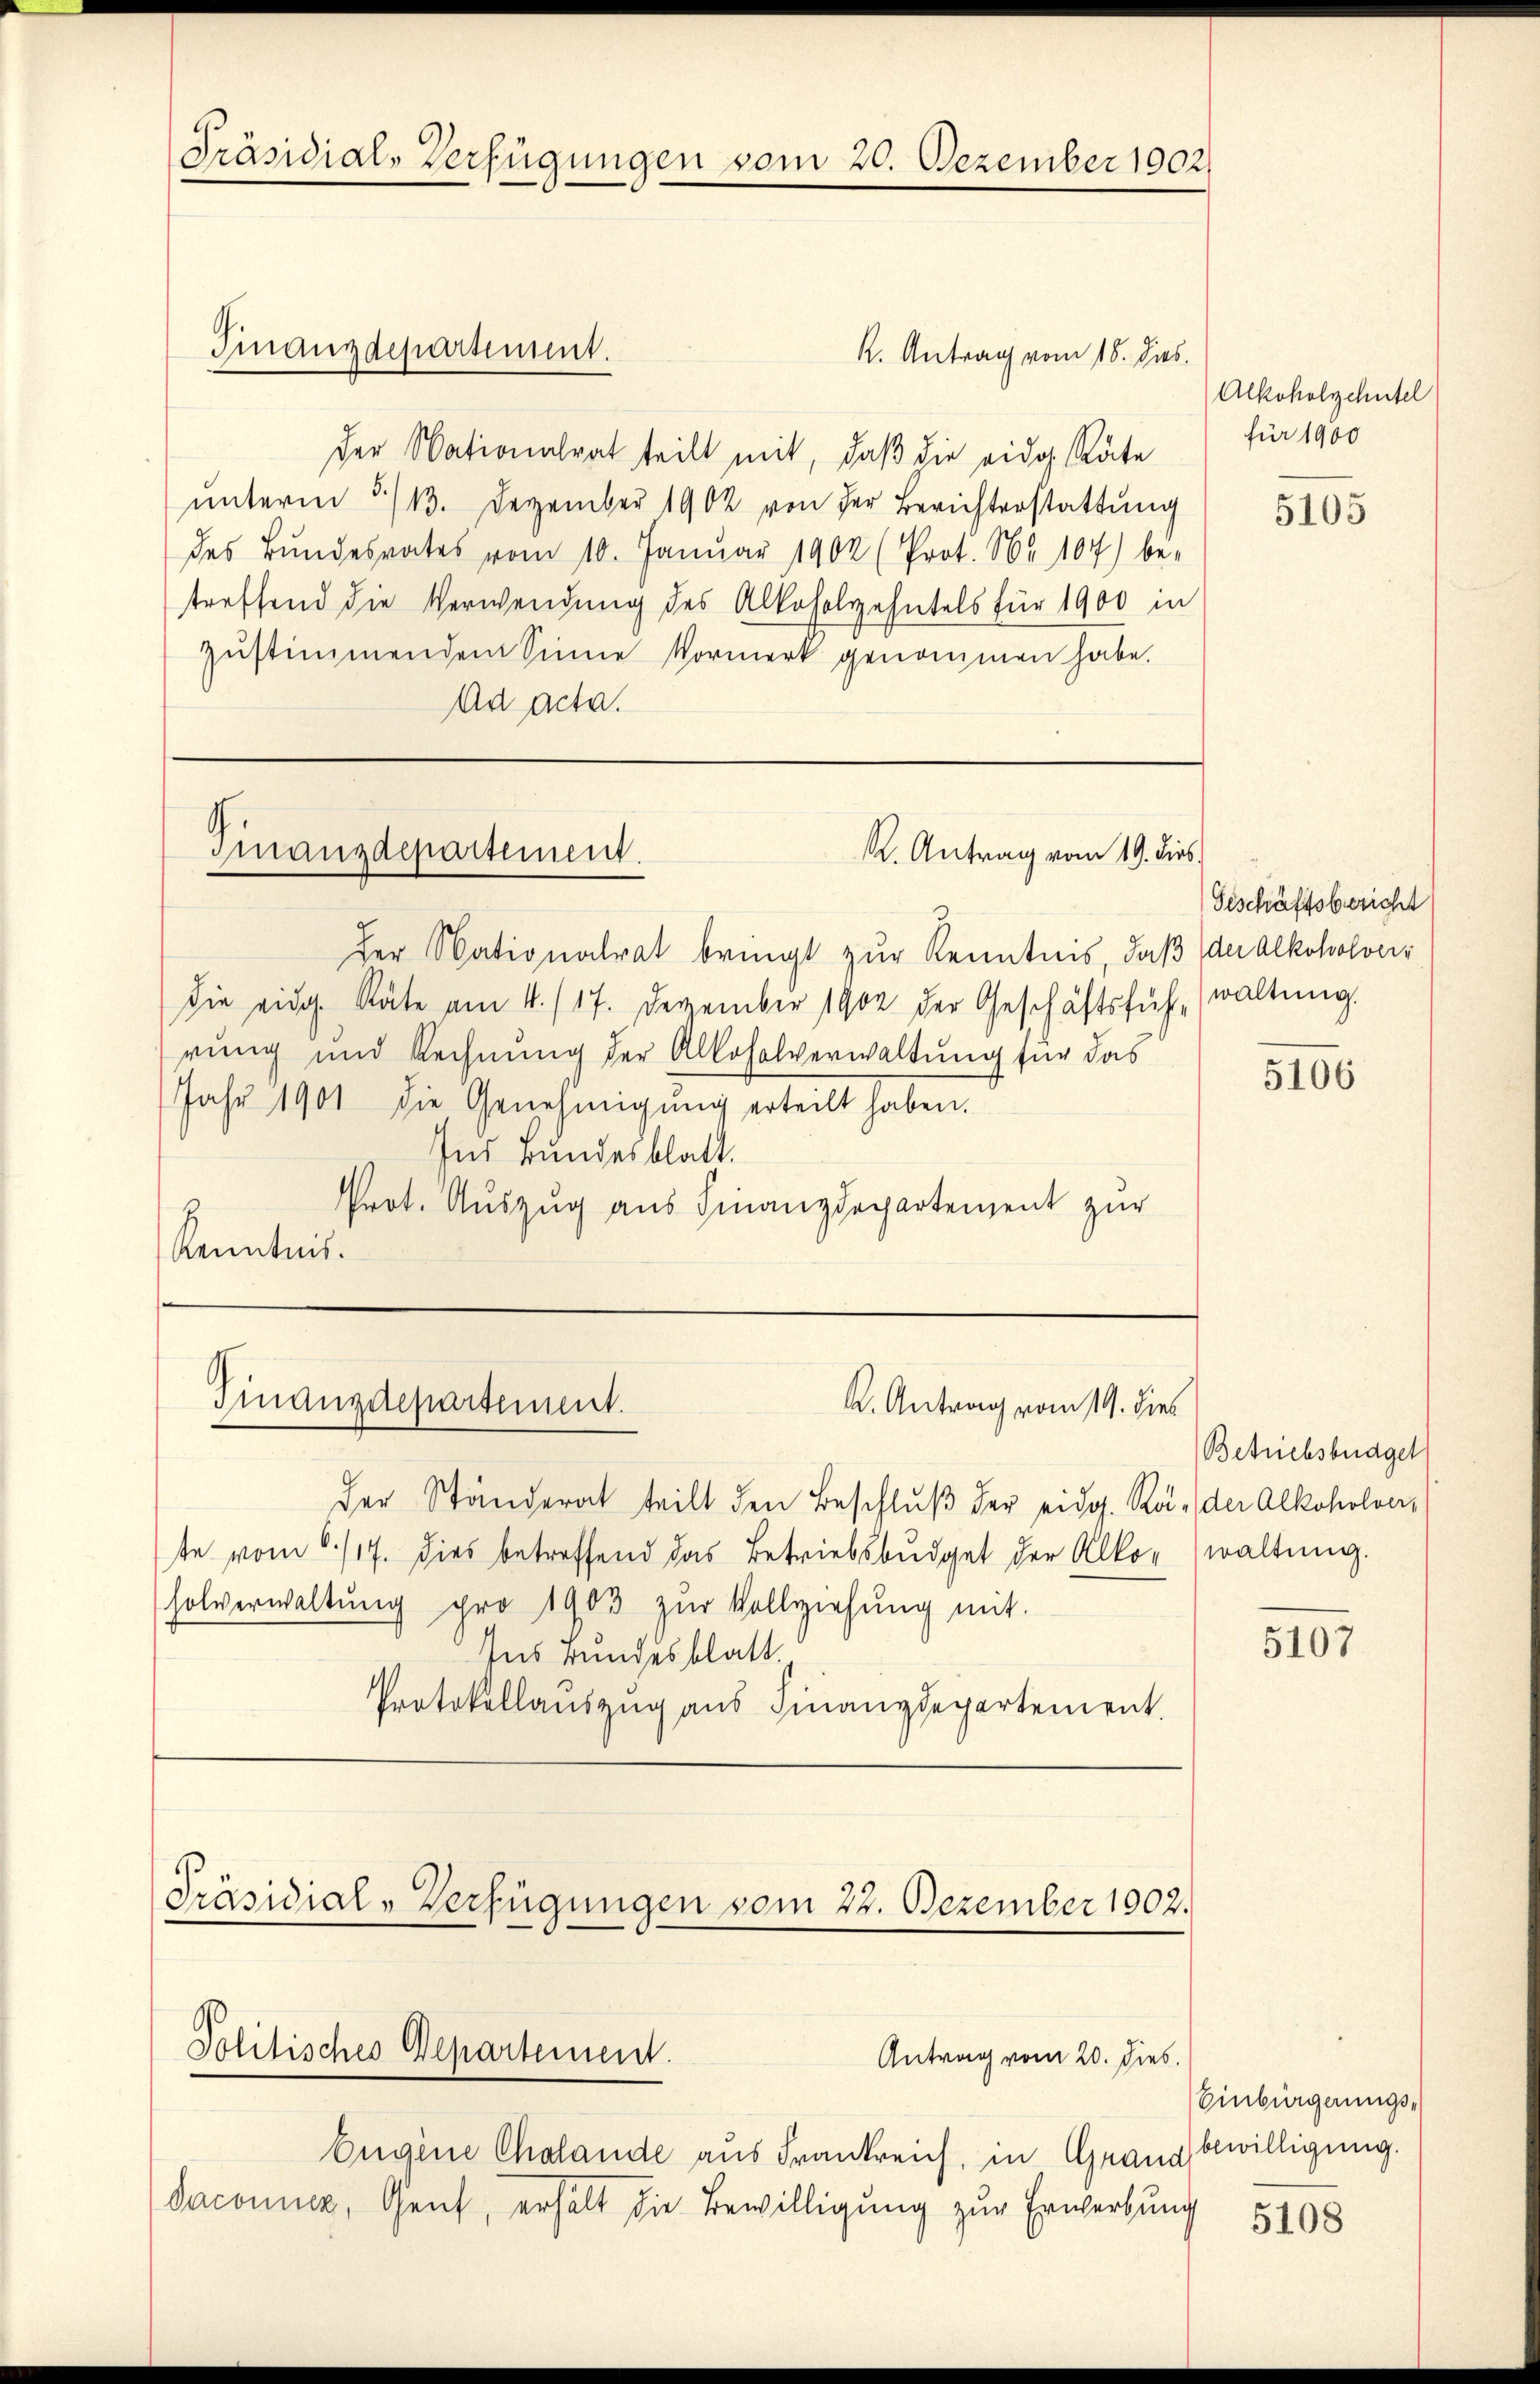
Präsidial-Verfügungen vom 20. Dezember 1902.

K. Antrag vom 18. ds.
der Nationalrat teilt mit, daß die eidg. Räte
ŭnterm 5/13. Dezember 1902 von der Berichterstattŭng
des Bundesrates vom 10. Januar 1902 (Prot. Nr. 107) be-
treffend die Verwendung des Alkoholzehntels für 1900 in
zŭstimmendem Sinne Vormerk genommen habe.
Ad acta.

Finanzdepartement.

K. Antrag vom 19. dies
Finanzdepartement.

Der Nationalrat bringt zur Kenntnis, daß der Alkoholverdie eidg. Räte am 4. 117. Dezember 1900 der Geschäftsfühwaltung.
rung und Rechnung der Alkoholverwaltung für das
Jahr 1901 die Genehmigŭng erteilt haben.
Ins Bundesblatt.
Prot. Auszug aus Finanzdepartement zur
Kenntnis.

Finanzdepartement.
k. Antrag vom 19. dies

der Ständerat teilt den Beschlŭβ der eidg. Rä- der Alkoholver,
te vom 6./17. dies betreffend das Betriebsbŭdget der Alkorwaltŭng.
holverwaltŭng pro 1903 zŭr Vollziehung mit
Ins Bundesblatt.
Protokollauszug aus Finanzdepartement

Präsidial-Verfügungen vom 22. Dezember 1902.
Politisches Departement.
Antrag vom 20. dies

Eugene Chalande aus Frankreich, in Grand
Saconuer, Gent, erhält die Bewilligung zur Erwerbung

Alkoholzehntel
für 1900

5105

Geschäftsbericht

5106

Betriebsburgel

5107

Einbürgerungs-
bewilligung.

5108